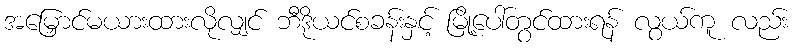
အမြှောင်မယားထားလိုလျှင် ဘီဒိုယင်စခန်းနှင့် မြို့ပေါ်တွင်ထားရန် လွယ်ကူ လည်း